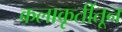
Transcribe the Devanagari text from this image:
कलाकृतींतून